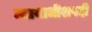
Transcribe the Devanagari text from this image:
न्यायाधीशपदी